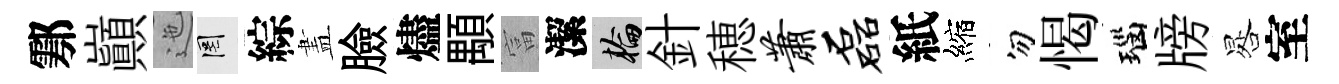
鄠巔迤罔綜𥁞臉燼顒富潔輪針穂萧磊紙縮勿愒瑙牓晷室